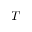
T